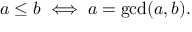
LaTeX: a \leq b \iff a = \operatorname* { g c d } ( a , b ) .